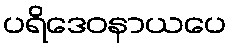
ပရိဒေဝနာယပေ